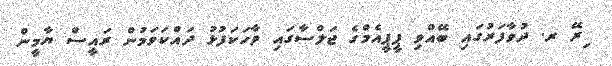
ިރޭ ރ. ދުވާފަރުގައި ބޭއްވި ޕީޕީއެމްގެ ޖަލްސާގައި ވާހަކަފުޅު ދައްކަވަމުން ރައީސް ޔާމީން